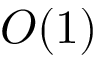
O ( 1 )